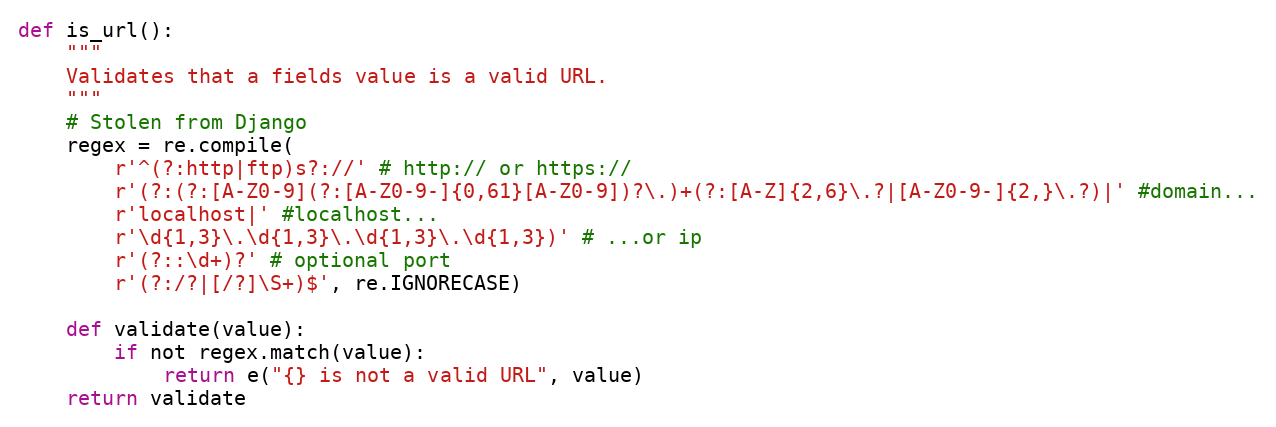
Language: Python
def is_url():
    """
    Validates that a fields value is a valid URL.
    """
    # Stolen from Django
    regex = re.compile(
        r'^(?:http|ftp)s?://' # http:// or https://
        r'(?:(?:[A-Z0-9](?:[A-Z0-9-]{0,61}[A-Z0-9])?\.)+(?:[A-Z]{2,6}\.?|[A-Z0-9-]{2,}\.?)|' #domain...
        r'localhost|' #localhost...
        r'\d{1,3}\.\d{1,3}\.\d{1,3}\.\d{1,3})' # ...or ip
        r'(?::\d+)?' # optional port
        r'(?:/?|[/?]\S+)$', re.IGNORECASE)

    def validate(value):
        if not regex.match(value):
            return e("{} is not a valid URL", value)
    return validate